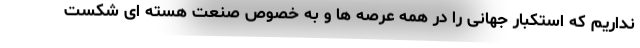
نداریم که استکبار جهانی را در همه عرصه ها و به خصوص صنعت هسته ای شکست